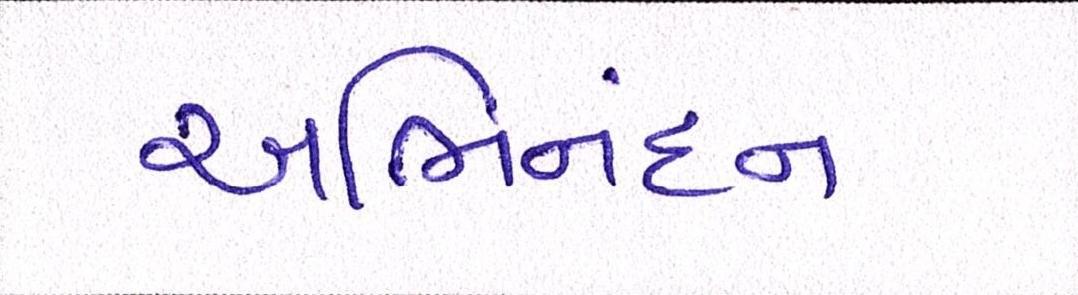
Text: અભિનંદન